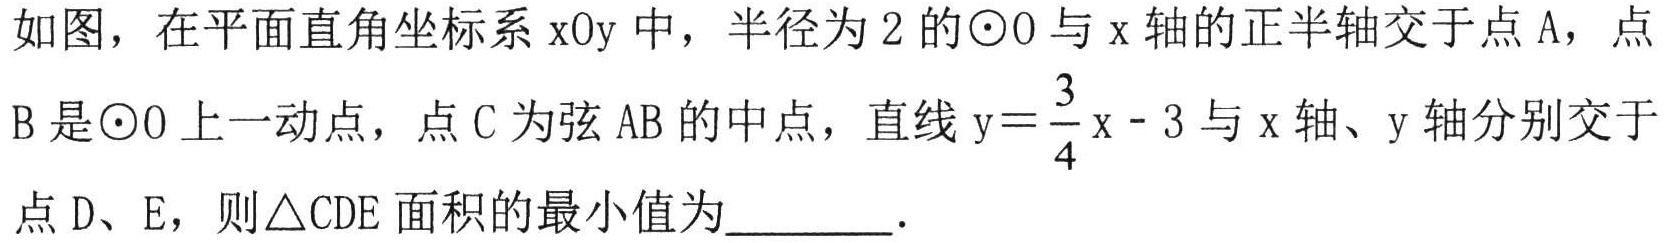
如图，在平面直角坐标系$\mathrm{x}\mathrm{O}\mathrm{y}$中，半径为$2$的$\odot \mathrm{O}$与$\mathrm{x}$轴的正半轴交于点$\mathrm{A}$，点$\mathrm{B}$是$\odot \mathrm{O}$上一动点，点$\mathrm{C}$为弦$\mathrm{A}\mathrm{B}$的中点，直线$\mathrm{y}=\dfrac{3}{4}\mathrm{x}-3$与$\mathrm{x}$轴、$\mathrm{y}$轴分别交于点$\mathrm{D}$、$\mathrm{E}$，则$\triangle \mathrm{C}\mathrm{D}\mathrm{E}$面积的最小值为  ．